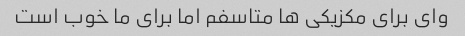
وای برای مکزیکی ها متاسفم اما برای ما خوب است